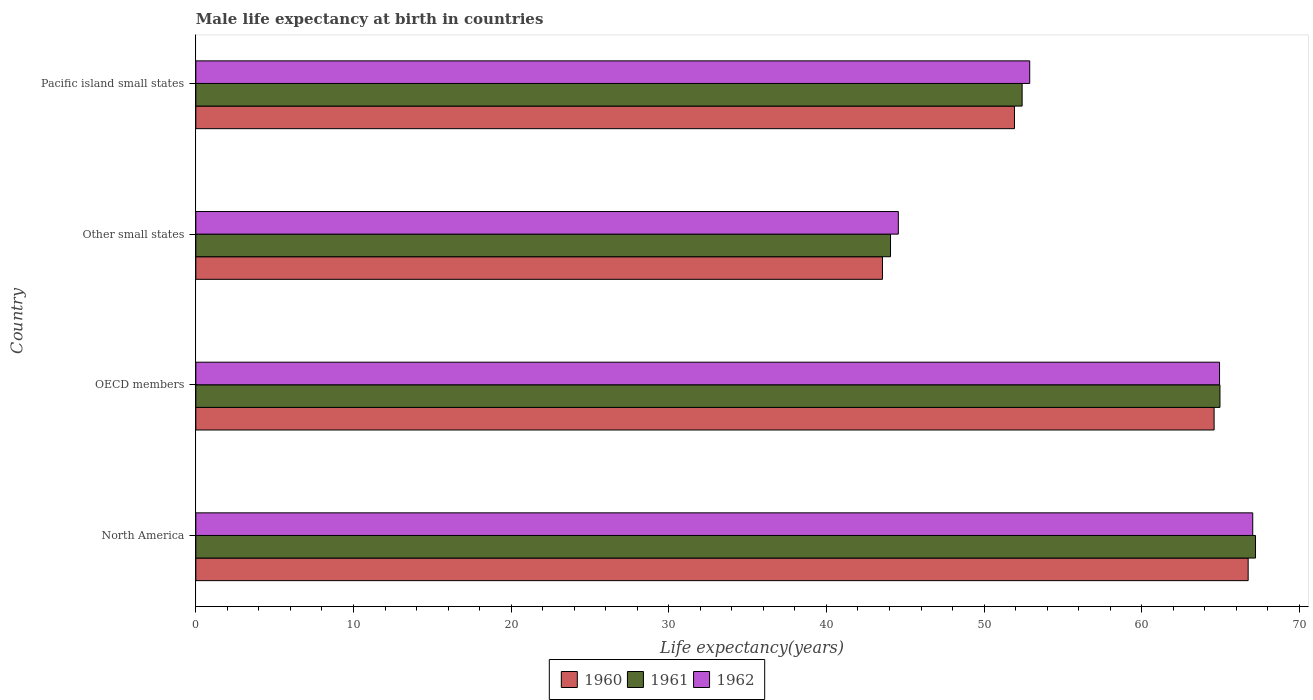
| Country | 1960 | 1961 | 1962 |
 | --- | --- | --- | --- |
 | North America | 66.8 | 67.2 | 67 |
 | OECD members | 64.6 | 65 | 64.9 |
 | Other small states | 43.6 | 44.1 | 44.6 |
 | Pacific island small states | 51.9 | 52.4 | 52.9 |